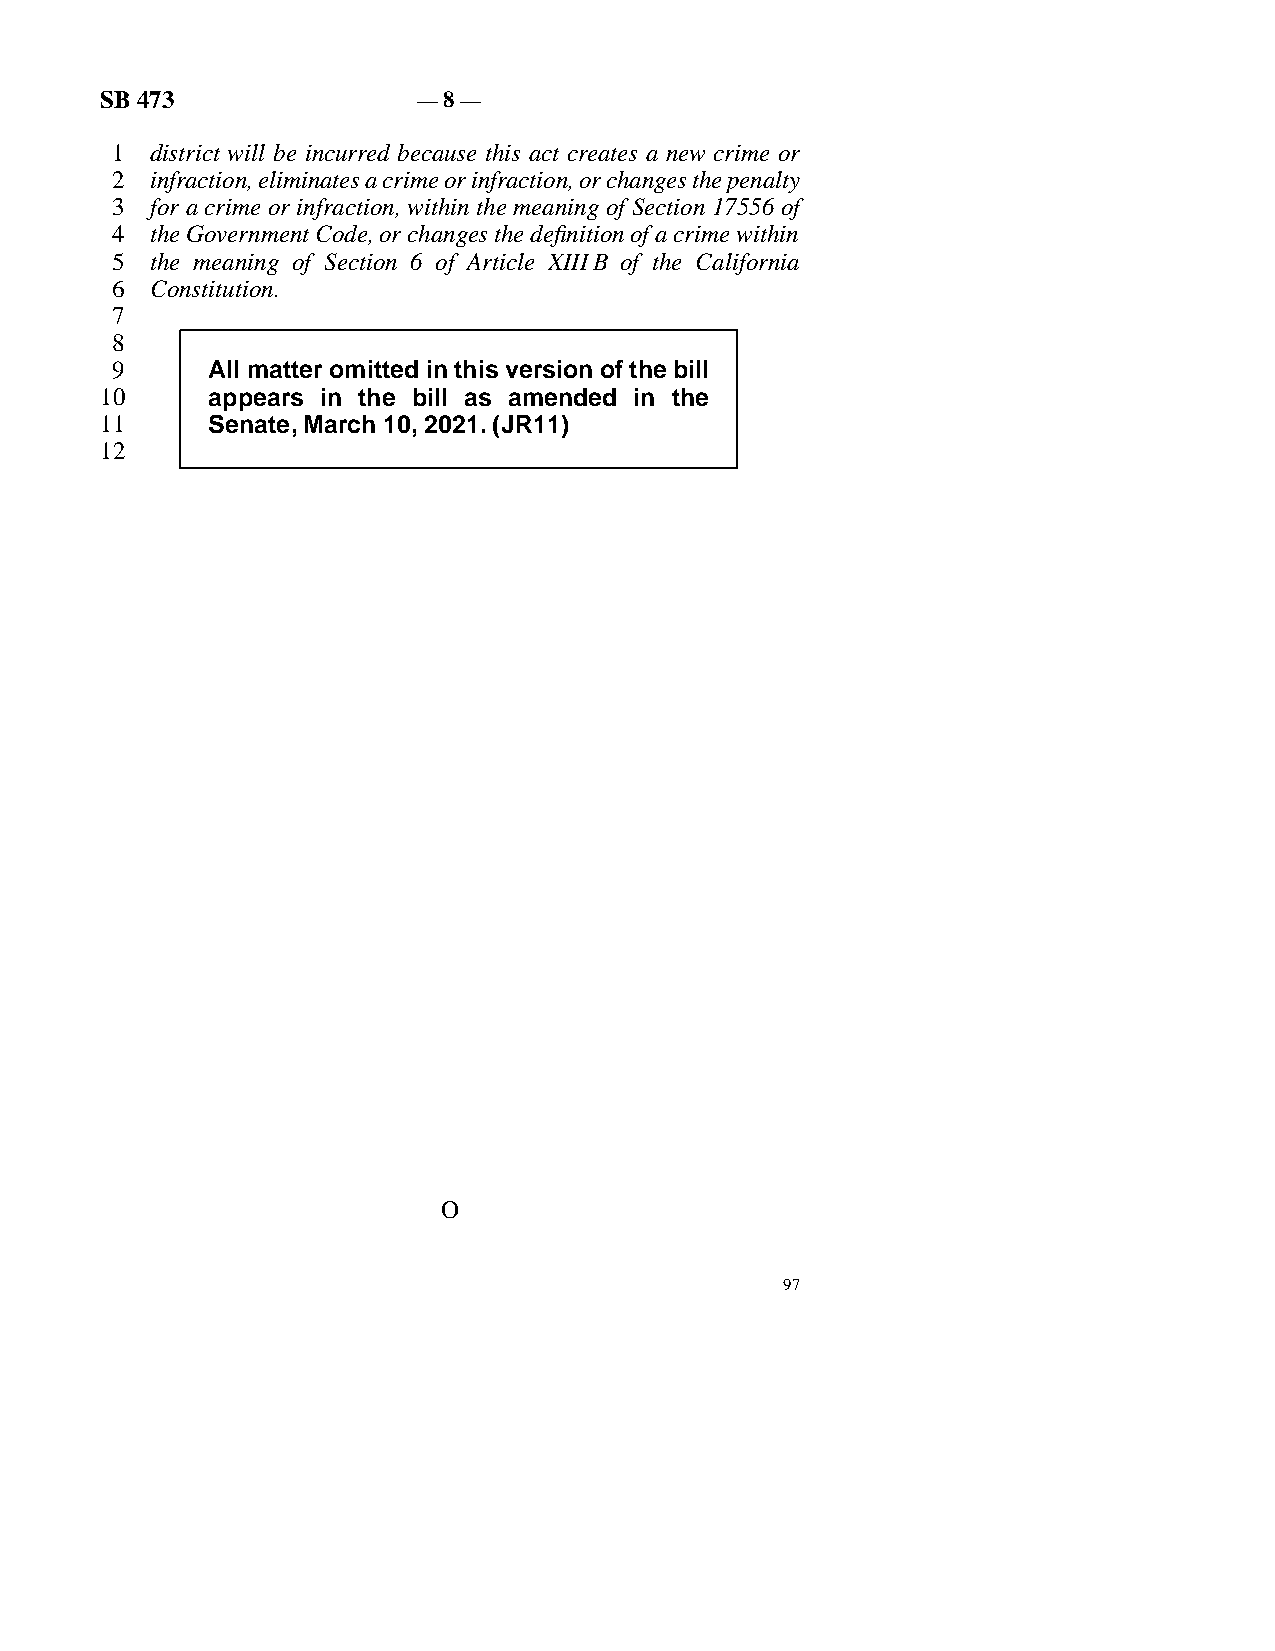
SB 473               — 8 —
 line 1 district will be incurred because this act creates a new crime or
 line 2 infraction, eliminates a crime or infraction, or changes the penalty
 line 3 for a crime or infraction, within the meaning of Section 17556 of
 line 4 the Government Code, or changes the definition of a crime within
 line 5 the meaning of Section 6 of Article XIIIB of the California
 line 6 Constitution.
 line 7
 line 8
 line 9    All matter omitted in this version of the bill
 line 10    appears in the bill as amended in the
 line 11    Senate, March 10, 2021. (JR11)
 line 12
 O
 97